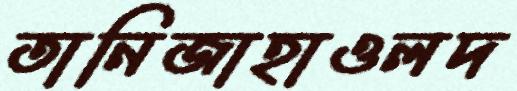
তানিজাহাওলদ